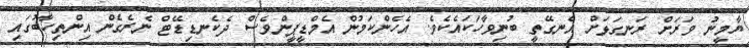
ޔާމީނު ވަރަށް ރަނގަޅަށް އެނގޭތީ ބުނިވާހަކައެކެވެ. އެހެންކަމުން އެމްޑީޕީންވެސް ދެކެނޑިޑޭޓް ނެރެގެން އިންތިހާބުގައި